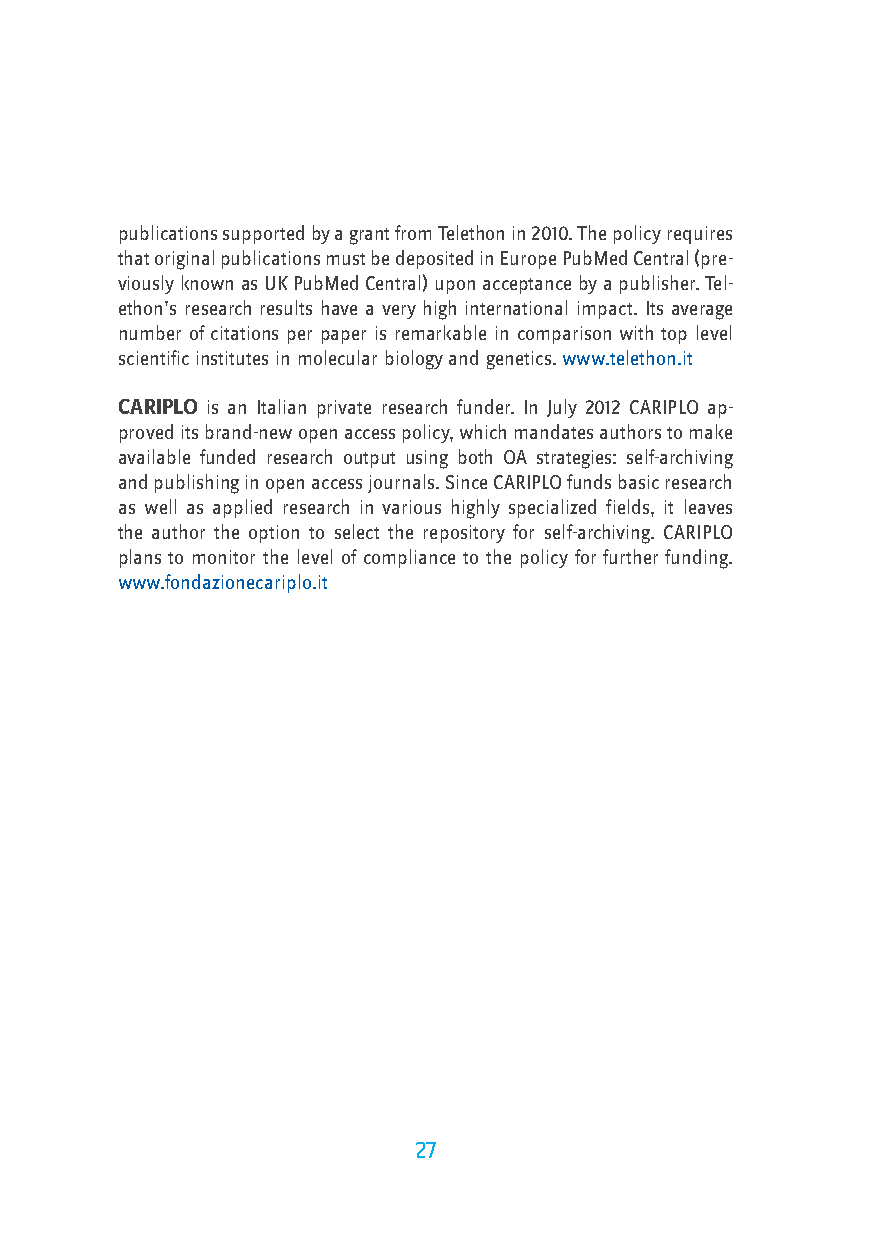
publications supported by a grant from Telethon in 2010. The policy requires
 that original publications must be deposited in Europe PubMed Central (pre-
 viously known as UK PubMed Central) upon acceptance by a publisher. Tel-
 ethon’s research results have a very high international impact. Its average
 number of citations per paper is remarkable in comparison with top level
 scientific institutes in molecular biology and genetics. www.telethon.it
 CARIPLO is an Italian private research funder. In July 2012 CARIPLO ap-
 proved its brand-new open access policy, which mandates authors to make
 available funded research output using both OA strategies: self-archiving
 and publishing in open access journals. Since CARIPLO funds basic research
 as well as applied research in various highly specialized fields, it leaves
 the author the option to select the repository for self-archiving. CARIPLO
 plans to monitor the level of compliance to the policy for further funding.
 www.fondazionecariplo.it
 27